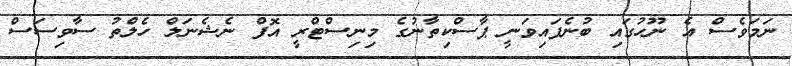
ނަމަވެސް އެ ނޫހުގައި ބުނެފައިވަނީ ޕާސްކިތާނުގެ މިނިސްޓްރީ އޮފް ނެޝެނަލް ހެލްތު ސާވިސަސް